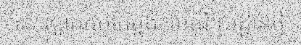
នេះស្អាតកប់តែម្តង! រមណីយដ្ឋានថ្មី